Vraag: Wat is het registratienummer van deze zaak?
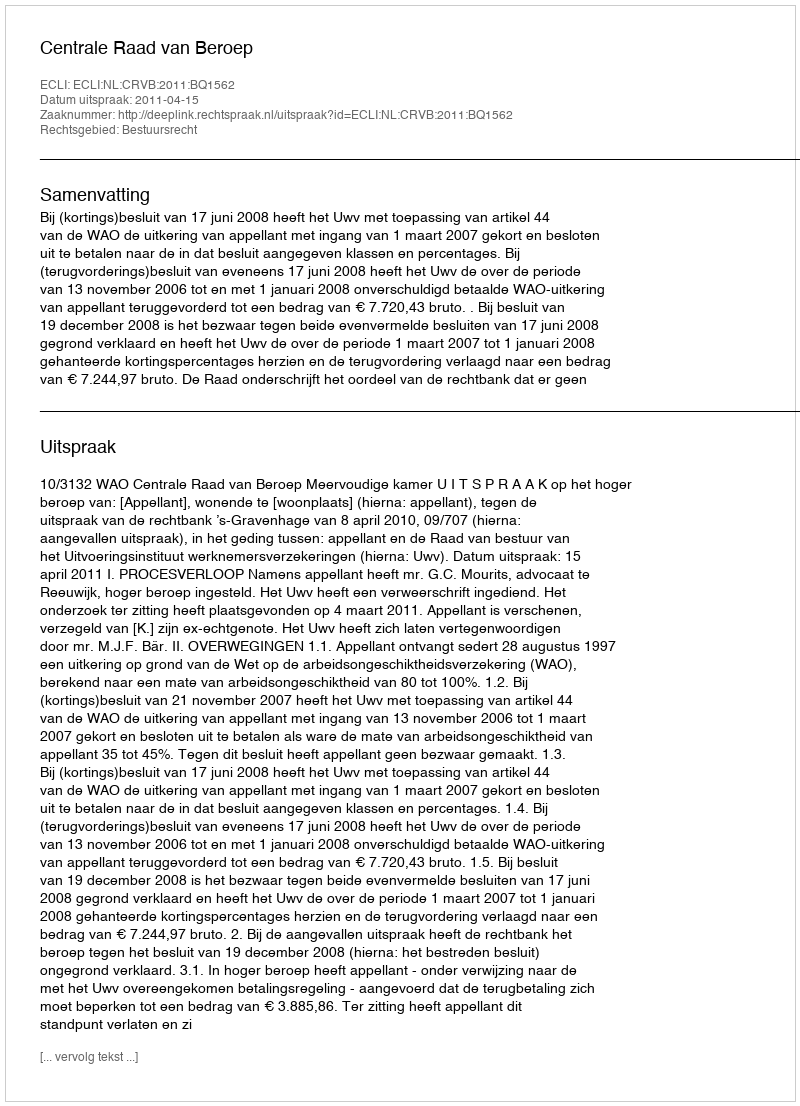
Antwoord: http://deeplink.rechtspraak.nl/uitspraak?id=ECLI:NL:CRVB:2011:BQ1562